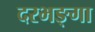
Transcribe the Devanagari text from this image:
दरभङ्गा